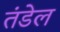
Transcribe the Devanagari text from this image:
तंडेल